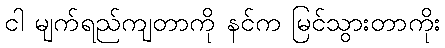
ငါ မျက်ရည်ကျတာကို နင်က မြင်သွားတာကိုး